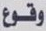
وقوع